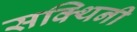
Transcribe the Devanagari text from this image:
सक्थिनी